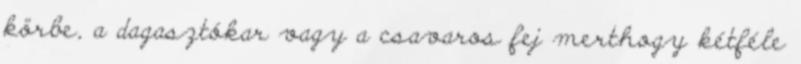
körbe, a dagasztókar vagy a csavaros fej merthogy kétféle